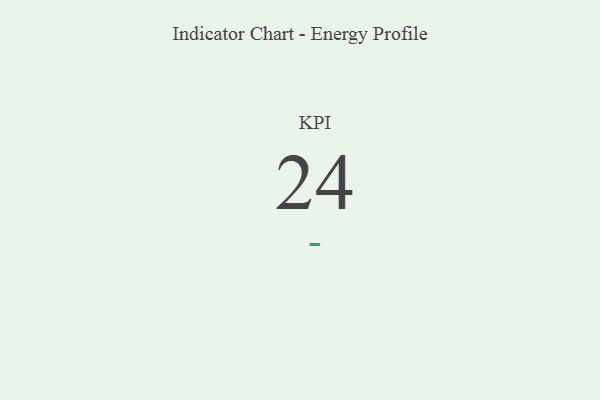
{"axis": {"x": "KPI", "y": "Value"}, "legend": [""], "data": [{"x": "KPI", "y": 24, "type": ""}]}